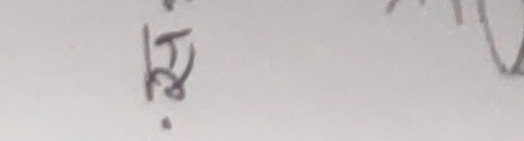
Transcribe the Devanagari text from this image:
अ